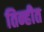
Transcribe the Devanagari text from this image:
तिन्हीत